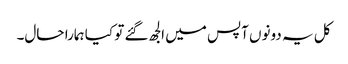
کل یہ دونوں آپس میں الجھ گئے تو کیا ہمارا حال۔